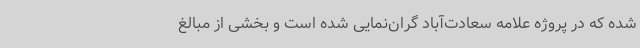
شده که در پروژه علامه سعادت‌آباد گران‌نمایی شده است و بخشی از مبالغ